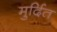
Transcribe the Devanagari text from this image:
मुर्दित